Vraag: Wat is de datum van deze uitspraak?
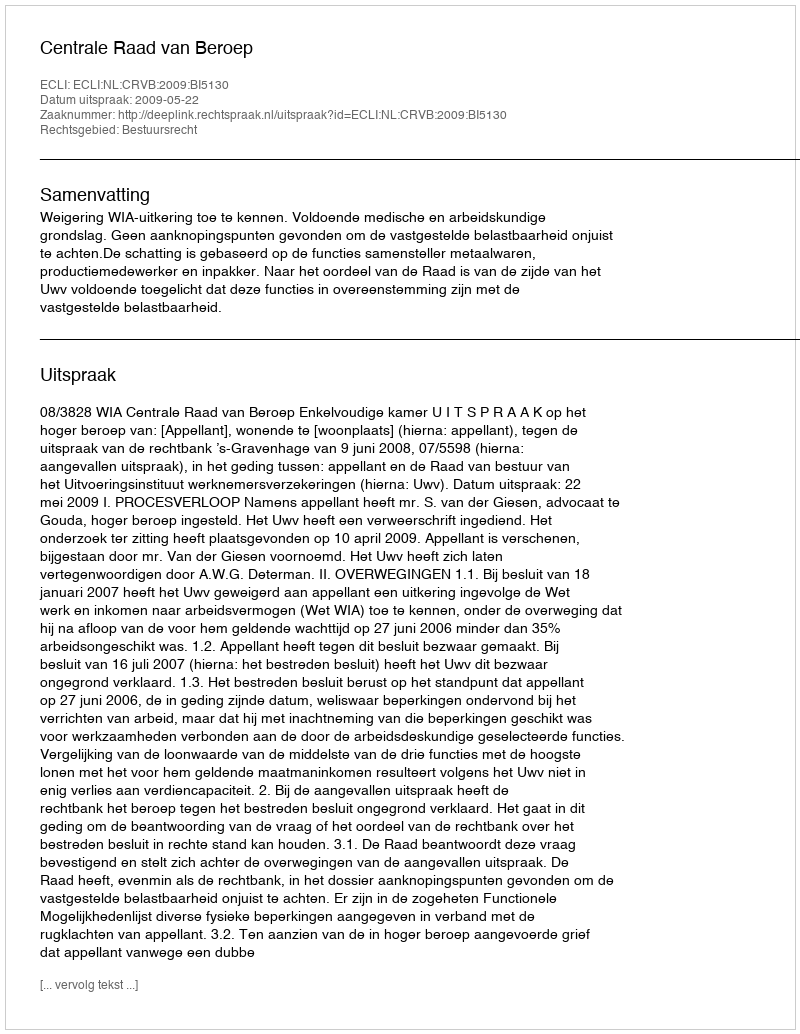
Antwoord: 2009-05-22